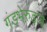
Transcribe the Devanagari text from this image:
गंडभेरुडाचे